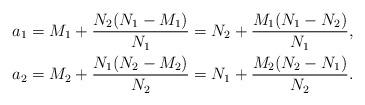
LaTeX: \begin{align*}a_1&=M_1+\frac{N_2(N_1-M_1)}{N_1}=N_2+\frac{M_1(N_1-N_2)}{N_1},\\a_2&=M_2+\frac{N_1(N_2-M_2)}{N_2}=N_1+\frac{M_2(N_2-N_1)}{N_2}.\end{align*}